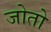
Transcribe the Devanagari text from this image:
जोतो